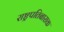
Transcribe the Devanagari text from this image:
राष्ट्रपतिबाराक